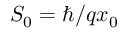
S _ { 0 } = \hbar / q x _ { 0 }